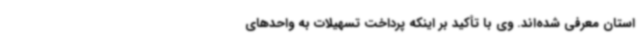
استان معرفی شده‌اند. وی با تأکید بر اینکه پرداخت تسهیلات به واحدهای